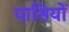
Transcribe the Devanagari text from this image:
पासियों